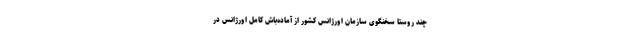
چند روستا سخنگوی سازمان اورژانس کشور از آماده‌باش کامل اورژانس در